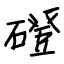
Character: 磴